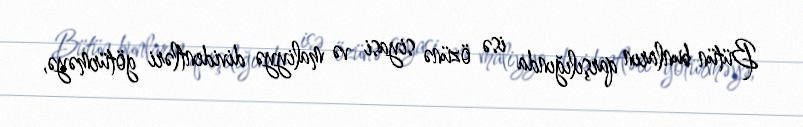
Bütün bunların qarşılığında isə özünə siyasi və maliyyə dividentləri götürməyə,